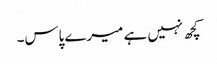
کچھ نہیں ہے میرے پاس۔